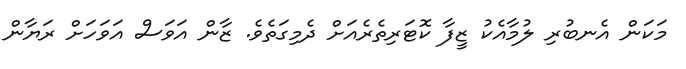
މަކަން އެނބުރި ލުމާއެކު ޒީފާ ކޮޓަރިތެރެއަށް ދެމިގަތެވެ. ޒާން އަވަސް އަވަހަށް ރަޔާން